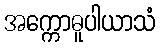
အက္ကောဓူပါယာသံ